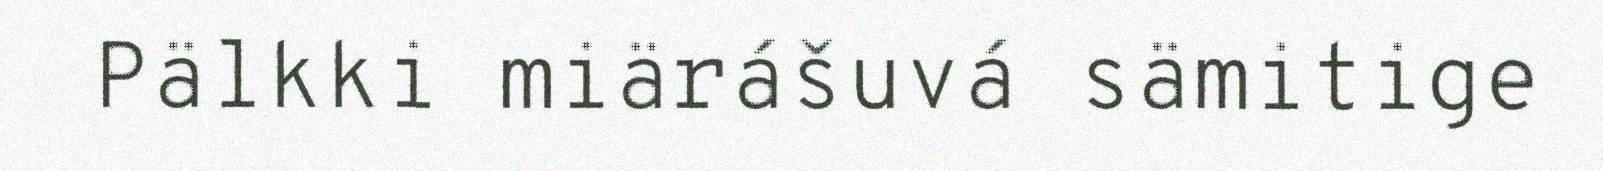
Pälkki miärášuvá sämitige